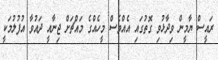
ރައީސް ޔާމީން ވިދާޅުވި ގޮތުގައި އެއްވެސް މީހެއްގެ މައްޗަށް ޖިނާއީ ދައުވާ އުފުލުމަކީ